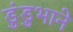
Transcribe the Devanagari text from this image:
डुंडुभाने